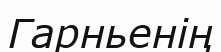
Гарньенің